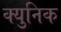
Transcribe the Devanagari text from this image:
क्युनिक